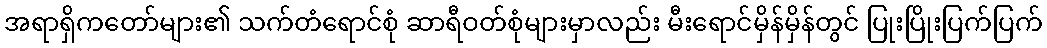
အရာရှိကတော်များ၏ သက်တံရောင်စုံ ဆာရီဝတ်စုံများမှာလည်း မီးရောင်မှိန်မှိန်တွင် ပြုးပြိုးပြက်ပြက်